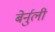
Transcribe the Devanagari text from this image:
बेर्नुली